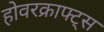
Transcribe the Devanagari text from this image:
होवरक्राफ्ट्स